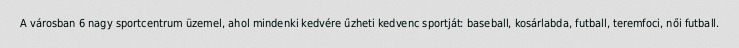
A városban 6 nagy sportcentrum üzemel, ahol mindenki kedvére űzheti kedvenc sportját: baseball, kosárlabda, futball, teremfoci, női futball.